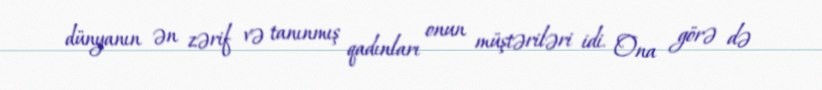
dünyanın ən zərif və tanınmış qadınları onun müştəriləri idi. Ona görə də